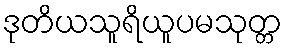
ဒုတိယသူရိယူပမသုတ္တ